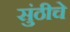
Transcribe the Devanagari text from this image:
सुंठीचे